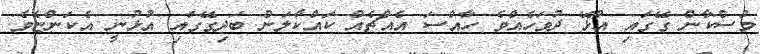
މުސްކާން ގޭގައި އުޅޭ ދުވަހެއްވެ ހާއްސަ އެއްޗެއް ކައްކާލަން ބަދިގޭގައި އުޅުނީ އެކަންޏެވެ.